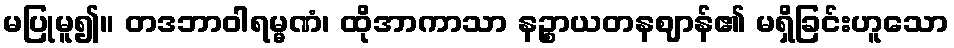
မပြုမူ၍။ တဒဘာဝါရမ္မဏံ၊ ထိုအာကာသာ နဉ္စာယတနဈာန်၏ မရှိခြင်းဟူသော